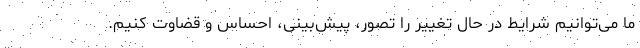
ما می‌توانیم شرایط در حال تغییر را تصور، پیش‌بینی، احساس و قضاوت کنیم.